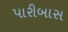
પારીબાસ